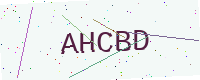
Text: AHCBD